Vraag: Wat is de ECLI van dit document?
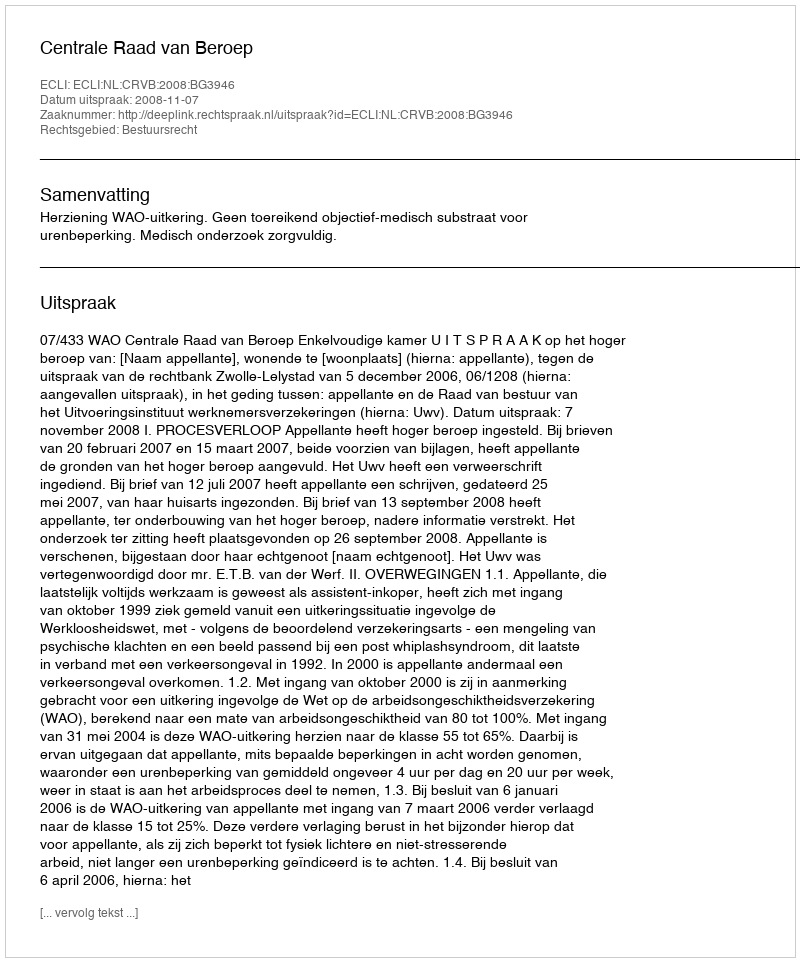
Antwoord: ECLI:NL:CRVB:2008:BG3946